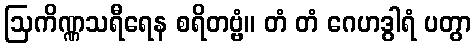
ဩကိဏ္ဏသရီရေန စရိတဗ္ဗံ။ တံ တံ ဂေဟဒွါရံ ပတွာ